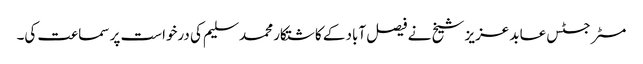
مسٹر جسٹس عابد عزیز شیخ نے فیصل آباد کے کاشتکار محمد سلیم کی درخواست پر سماعت کی۔